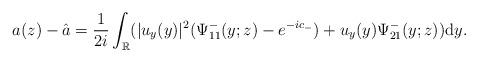
\begin{align*}a(z)-\hat{a}=\frac{1}{2i}\int_{\mathbb{R}}(|u_y(y)|^2(\Psi^-_{11}(y;z)-e^{-ic_-})+u_y(y) \Psi^-_{21}(y;z))\mathrm{d}y.\end{align*}